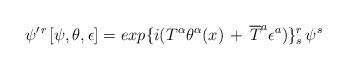
LaTeX: \begin{align*}\psi^{\prime\,r\,} [\psi,\theta ,\epsilon ] = exp \{ i (T^\alpha \theta^\alpha (x) \,+\, { \overline T}^a \epsilon^a ) \}^r_s\, \psi^s\end{align*}